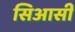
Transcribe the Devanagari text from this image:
सिआसी